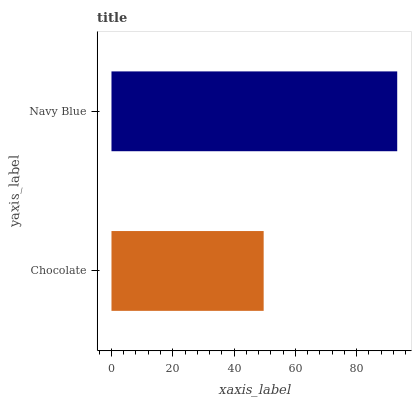
| yaxis_label | bars |
 | --- | --- |
 | Chocolate | 49.6 |
 | Navy Blue | 93.2 |